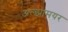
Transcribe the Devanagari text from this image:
अल्झामयर